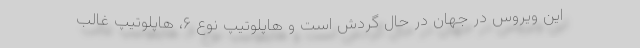
این ویروس در جهان در حال گردش است و هاپلوتیپ نوع ۶، هاپلوتیپ غالب